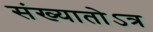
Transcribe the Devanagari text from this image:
संख्यातोऽत्र